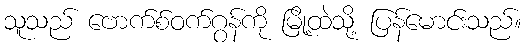
သူသည် ဗောက်စ်ဝက်ဂွန်ကို မြို့ထဲသို့ ပြန်မောင်းသည်။